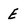
Character: E